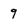
Character: 9